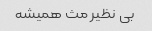
بی نظیر مث همیشه